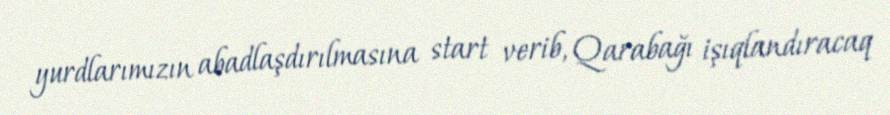
yurdlarımızın abadlaşdırılmasına start verib, Qarabağı işıqlandıracaq